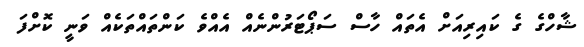
ޝާހްގެ ގެ ކައިރިއަށް އެތައް ހާސް ސަޕޯޓަރުންނެއް އެއްވެ ކަންތައްތަކެއް ވަނީ ކޮށްފަ